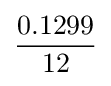
{0.1299 \over 12}